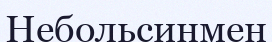
Небольсинмен